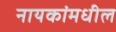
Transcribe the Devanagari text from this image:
नायकांमधील